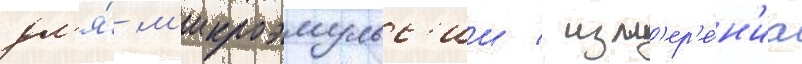
дл'я́ м'икроэмульс'ии / изм'ер'е́н'иа